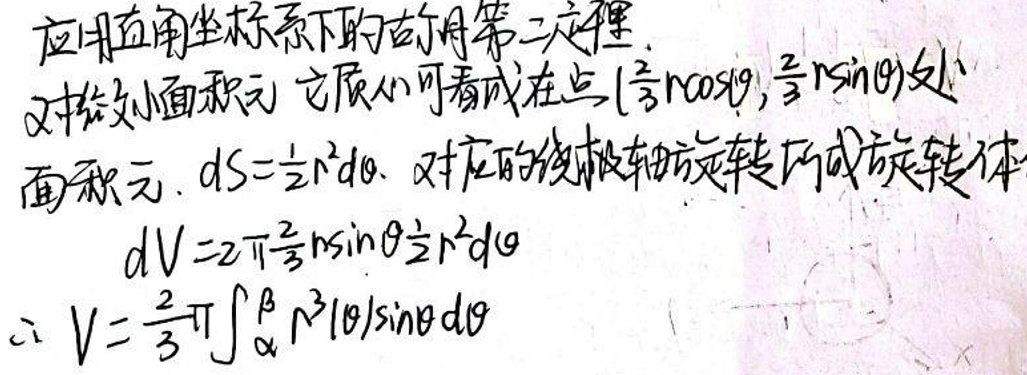
应用直角坐标系下的古尔金第二定理，

对旋转小面积元，它可以看成在点\((\frac{1}{2}r\cos\theta,\frac{1}{2}r\sin\theta)\)处

面积元，\(dS=\frac{1}{2}r^{2}d\theta\)，对相应的线段和它绕轴旋转而成的旋转体

\(dV = 2\pi\frac{1}{2}r\sin\theta\frac{1}{2}r^{2}d\theta\)

\(\therefore V=\frac{2}{3}\pi\int_{\alpha}^{\beta}r^{3}\vert\theta\vert\sin\theta d\theta\)